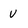
Character: u